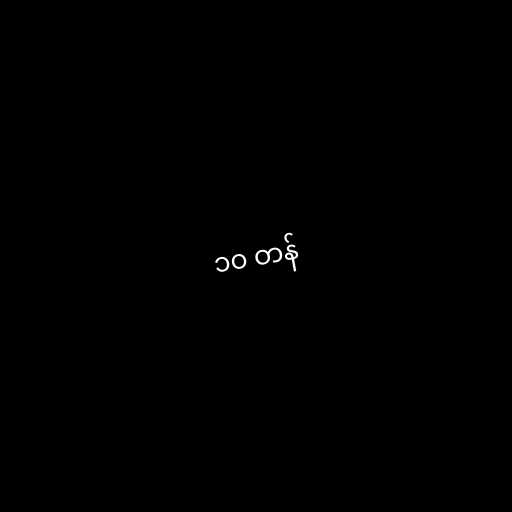
၁၀ တန်